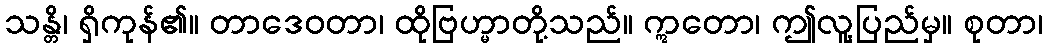
သန္တိ၊ ရှိကုန်၏။ တာဒေဝတာ၊ ထိုဗြဟ္မာတို့သည်။ ဣတော၊ ဤလူ့ပြည်မှ။ စုတာ၊